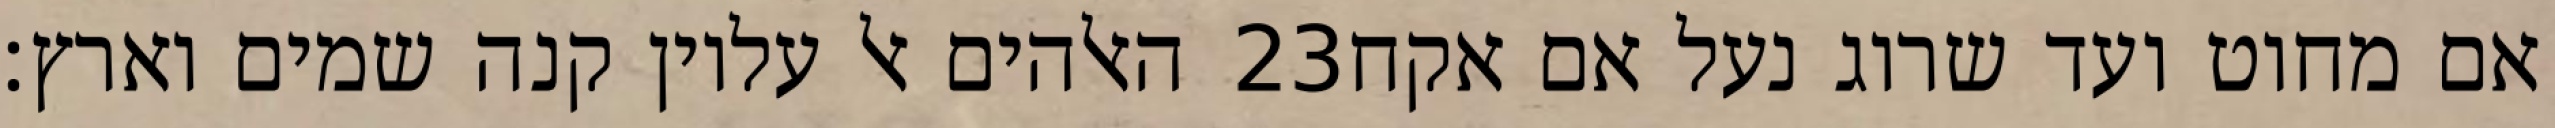
האלהים אל עליון קנה שמים וארץ׃ ‎23‏ אם מחוט ועד שרוג נעל אם אקח